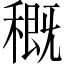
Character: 穊